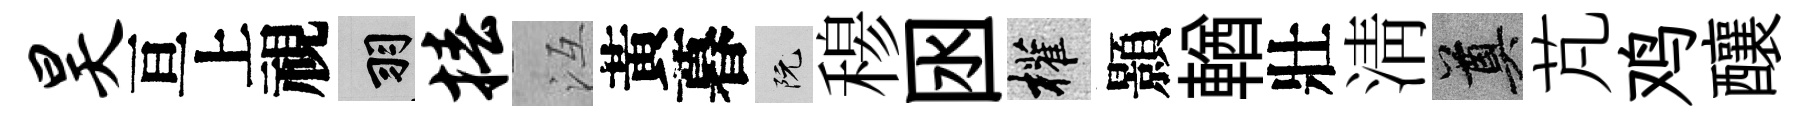
昊亘上視羽椿冱黃暮阮𥠇囦權顥輶壯清奠芃鸡釀